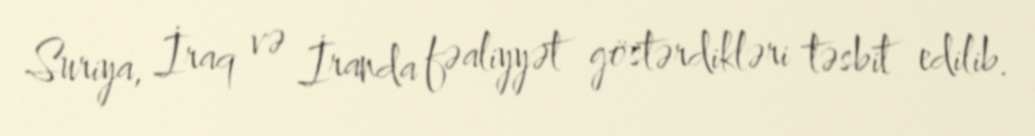
Suriya, İraq və İranda fəaliyyət göstərdikləri təsbit edilib.